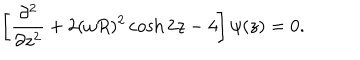
\left[ { \frac { \partial ^ { 2 } } { \partial z ^ { 2 } } } + 2 ( \omega R ) ^ { 2 } \cosh 2 z - 4 \right] \psi ( z ) = 0 .